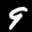
Label: 9